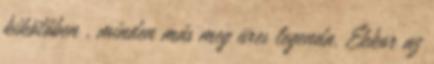
kikötőben , minden más meg üres legenda. Ekkor az